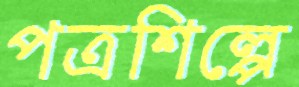
পত্রশিল্পে